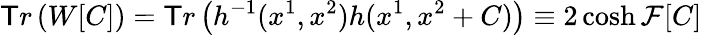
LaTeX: \mathsf{T}r\left(W[C]\right)=\mathsf{T}r\left(h^{-1}(x^{1},x^{2})h(x^{1},x^{2}+C)\right)\equiv2\cosh{\mathcal{{F}}[C]}